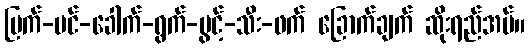
မြက်-ပင်-ခေါက်-ရွက်-ပွင့်-သီး-ဖက် ခြောက်ချက် ဆိုးရည်အပ်။